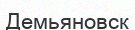
Демьяновск